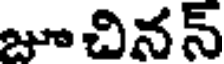
జూచినన్